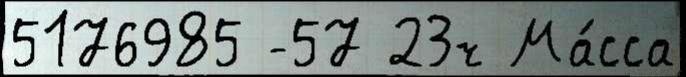
5176985 -57 23ч Ма́сса